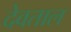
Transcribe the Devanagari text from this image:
देवताल